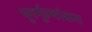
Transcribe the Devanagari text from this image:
पूनर्मूल्यांकन